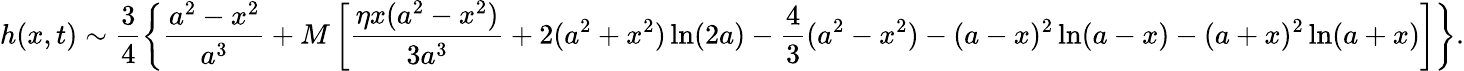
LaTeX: h(x,t)\sim\frac{3}{4}\left\{ \frac{a^{2}-x^{2}}{a^{3}}+M\left[\frac{\eta x(a^{2}-x^{2})}{3a^{3}}+2(a^{2}+x^{2})\ln(2a)-\frac{4}{3}(a^{2}-x^{2})-(a-x)^{2}\ln(a-x)-(a+x)^{2}\ln(a+x)\right]\right\} .